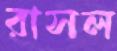
রাসল